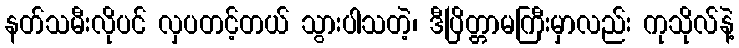
နတ်သမီးလိုပင် လှပတင့်တယ် သွားပါသတဲ့၊ ဒီပြိတ္တာမကြီးမှာလည်း ကုသိုလ်နဲ့